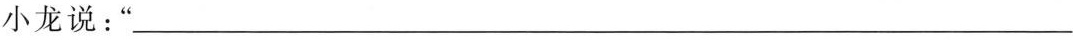
小龙说：”___。